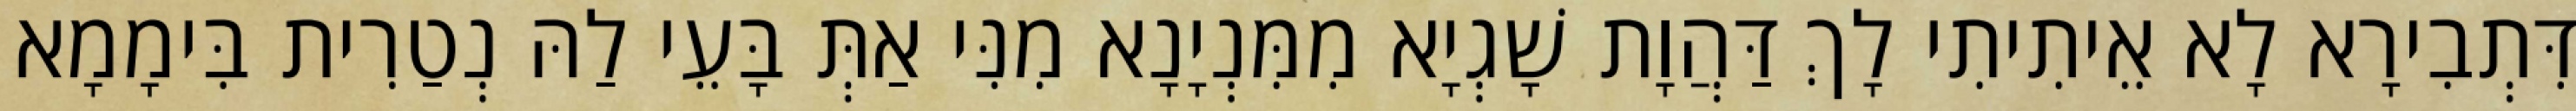
דִּתְבִירָא לָא אֵיתִיתִי לָךְ דַּהֲוָת שָׁגְיָא מִמִּנְיָנָא מִנִּי אַתְּ בָּעֵי לַהּ נְטַרִית בִּימָמָא